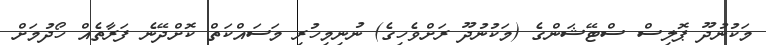
މަކުނުދޫ ޕޮލިސް ސްޓޭޝަންގެ (މަކުނުދޫ ރަށްވެހިގެ) ނުނިމިހުރި މަސައްކަތް ކޮށްދޭނެ ފަރާތެއް ހޯދުމަށް